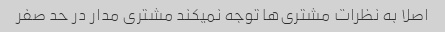
اصلا به نظرات مشتری‌ها توجه نمیکند مشتری مدار در حد صفر